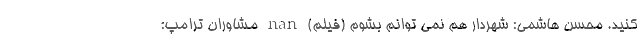
کنید. محسن هاشمی‌: شهردار هم نمی توانم بشوم (فیلم) nan مشاوران ترامپ: